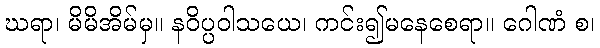
ဃရာ၊ မိမိအိမ်မှ။ နဝိပ္ပဝါသယေ၊ ကင်း၍မနေစေရာ။ ဂေါဏံ စ၊